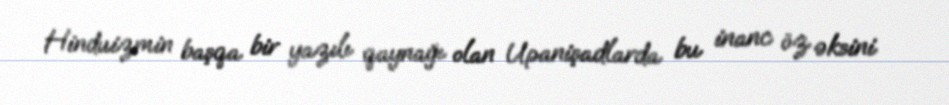
Hinduizmin başqa bir yazılı qaynağı olan Upanişadlarda bu inanc öz əksini